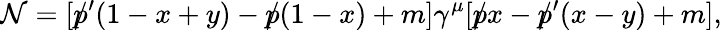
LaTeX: {\cal N}=[p\llap/^{\prime}(1-x+y)-p\llap/(1-x)+m]\gamma^{\mu}[p\llap/x-p\llap/^{\prime}(x-y)+m],